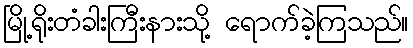
မြို့ရိုးတံခါးကြီးနားသို့ ရောက်ခဲ့ကြသည်။